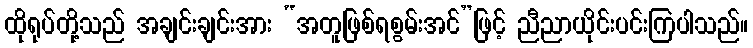
ထိုရုပ်တို့သည် အချင်းချင်းအား “အတူဖြစ်ရစွမ်းအင်”ဖြင့် ညီညာယိုင်းပင်းကြပါသည်။